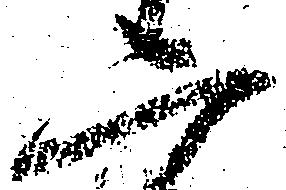
二